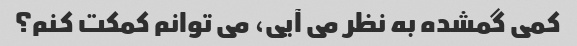
کمی گمشده به نظر می آیی، می توانم کمکت کنم؟